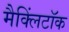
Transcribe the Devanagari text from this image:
मैक्लिंटॉक